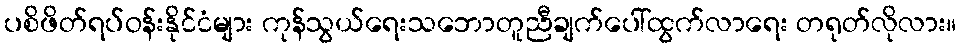
ပစိဖိတ်ရပ်ဝန်းနိုင်ငံများ ကုန်သွယ်ရေးသဘောတူညီချက်ပေါ်ထွက်လာရေး တရုတ်လိုလား။